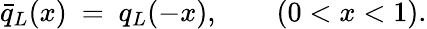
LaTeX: \bar{q}_{L}(x)\ =\ q_{L}(-x),\ \ \ \ \ \ \ \ (0<x<1).